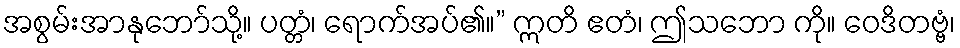
အစွမ်းအာနုဘော်သို့။ ပတ္တံ၊ ရောက်အပ်၏။” ဣတိ ဧတံ၊ ဤသဘော ကို။ ဝေဒိတဗ္ဗံ၊